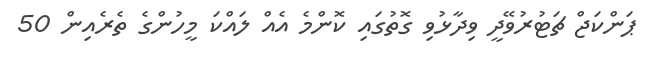
ޕަންކަޖް ޗަޓުރުވޭދީ ވިދާޅުވި ގޮތުގައި ކޮންމެ އެއް ލައްކަ މީހުންގެ ތެރެއިން 50